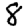
Digit: 8